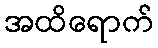
အထိရောက်